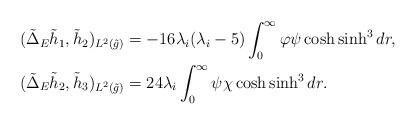
LaTeX: \begin{align*}\begin{aligned}(\tilde{\Delta}_E\tilde{h}_1,\tilde{h}_2)_{L^2(\tilde{g})}&= -16\lambda_i(\lambda_i-5)\int_0^{\infty}\varphi\psi\cosh \sinh^{3}dr,\\(\tilde{\Delta}_E\tilde{h}_2,\tilde{h}_3)_{L^2(\tilde{g})}&= 24\lambda_i\int_0^{\infty}\psi\chi \cosh \sinh^{3}dr.\end{aligned}\end{align*}